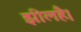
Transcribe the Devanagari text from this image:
झीलहै।